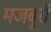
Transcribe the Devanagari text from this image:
मजबूरों